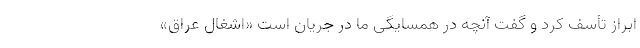
ابراز تأسف کرد و گفت آنچه در همسایگی ما در جریان است «اشغال عراق»